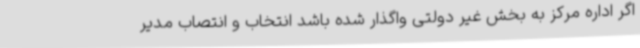
اگر اداره مرکز به بخش غیر دولتی واگذار شده باشد انتخاب و انتصاب مدیر